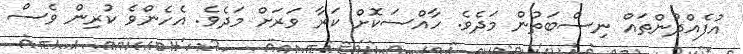
އުފެއްދުންތައް ނިސްބަތުން މަދެވެ. ހާއްސަކޮށް ކަރާ ވަރަށް މަދެވެ. އެހެންވެ ކުރިން ވެސް